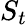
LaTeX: S_{t}